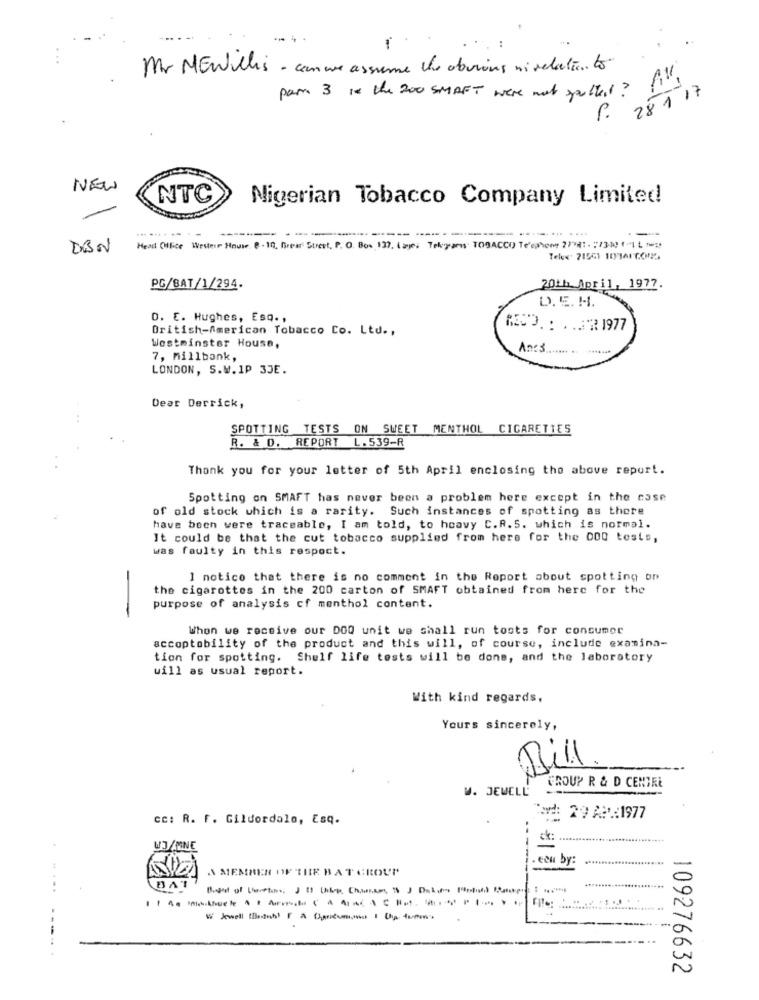
Mr MEWillis - can we assume the obvious ni relation to
par 3 14 the 200 SMART were not spotterl?
P. 28117
NEW
NTC
Nigerian Tobacco Company Limited
DBN
Heall Office Wester House. 8 - 10, frear Street, P. O. Box 137, ( ayes Tekparis TOBACCO Telephone 2778: . : 73-20 1 "1 L "s)
Tele- 21561 101617045
PG/BAT/1/294.
20th April, 1977.
D. E. H.
D. E. Hughes, Esq .,
British-American Tobacco Co. Ltd .,
A02 .: .. 32 1977
Westminster House,
Anis
7, millbank,
LONDON, S.W. 1P 3JE.
Dear Derrick,
...
SPOTTING TESTS ON SWEET MENTHOL CIGARETTES
R. & D. REPORT
L. 539-R
Thank you for your letter of 5th April enclosing the above report.
Spotting on SMAFT has never been a problem here except in the case
of old stock which is a rarity. Such instances of spotting as there
have boch were traceable, I am told, to heavy C.R. 5. which is normal.
It could be that the cut tobacco supplied from here for the 000 tests,
was faulty in this respect.
1 notice that there is no comment in the Report about spotting op
the cigarettes in the 200 carton of SMAFT obtained from here for the
purpose of analysis cf menthol content.
--
When we receive our DOQ unit we shall run tosts for consumor
eccoptobility of the product and this will, of course, include examina-
tion for spotting. Shelf life tests will be done, and the laboratory
will as usual report.
With kind regards,
Yours sincerely,
Bill
W. JEWELL'
GROUP R & D CENTRE
cc: R. F. Gildordalo, Esq.
Fed: 29 A:1977
WJ/MNE
A MEMBER OF THE BATGROUP
. een by:
BAT
" Jewell ich A (h
109276632